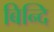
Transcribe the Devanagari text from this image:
बिन्दि